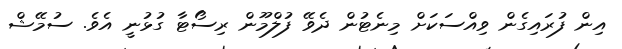
އިން ފުރައިގެން ވިއްސަކަށް މިނެޓުން ދެވޭ ފުލްމޫން ރިސޯޓާ ގުޅުނީ އެވެ. ސުމޭޝް